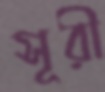
সূরী